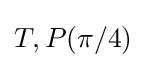
{\textstyle T,P(\pi /4)}